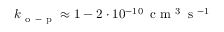
k _ { \mathrm { ~ o ~ - ~ p ~ } } \approx 1 - 2 \cdot 1 0 ^ { - 1 0 } \, \ensuremath { \mathrm { ~ c ~ m ~ } ^ { 3 } \, \mathrm { ~ s ~ } ^ { - 1 } }